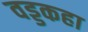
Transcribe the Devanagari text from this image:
वड्डकहा